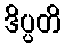
ဒိပ္ပတိ